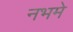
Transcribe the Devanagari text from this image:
नभमे